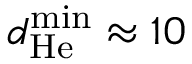
d _ { \mathrm { H e } } ^ { \operatorname* { m i n } } \approx 1 0